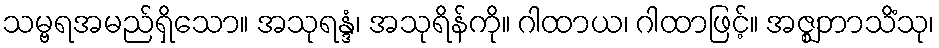
သမ္ဗရအမည်ရှိသော။ အသုရန္ဒံ၊ အသုရိန်ကို။ ဂါထာယ၊ ဂါထာဖြင့်။ အဇ္ဈဘာသိံသု၊